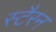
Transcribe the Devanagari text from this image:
स्टैरन